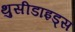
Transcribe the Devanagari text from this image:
थुसीडाइड्स